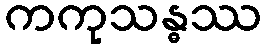
ကကုသန္ဓဿ